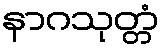
နာဂသုတ္တံ